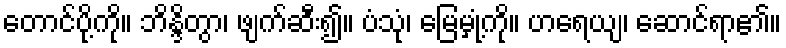
တောင်ပို့ကို။ ဘိန္ဒိတွာ၊ ဖျက်ဆီး၍။ ပံသုံ၊ မြေမှုံ့ကို။ ဟရေယျ၊ ဆောင်ရာ၏။